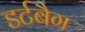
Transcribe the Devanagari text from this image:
डर्टबैग